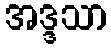
အဒ္ဒသာ